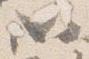
如